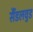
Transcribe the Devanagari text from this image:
सैंडलवुड